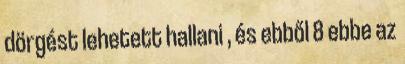
dörgést lehetett hallani , és ebből 8 ebbe az